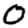
Digit: 0